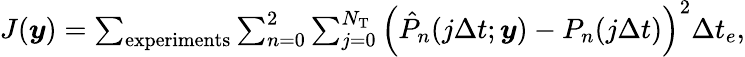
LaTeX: \begin{array}{r}{J(\boldsymbol{y})=\sum_{\textrm{experiments}}\sum_{n=0}^{2}\sum_{j=0}^{N_{\mathrm{T}}}\left(\hat{P}_{n}(j\Delta t;\boldsymbol{y})-P_{n}(j\Delta t)\right)^{2}\Delta t_{e},}\end{array}